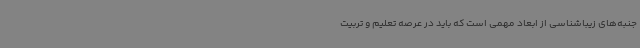
جنبه‌های زیباشناسی از ابعاد مهمی است که باید در عرصه تعلیم و تربیت